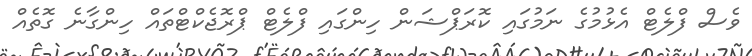
ވެސް ފްލެޓް އެޅުމުގެ ނަމުގައި ކޮރަޕްޝަން ހިންގައި ފްލެޓް ޕްރޮޖެކްޓްތައް ހިންގާނެ ގޮތެއް